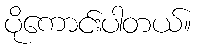
ပိုကောင်းပါတယ်။